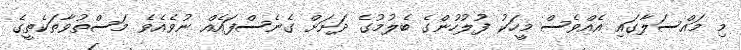
މި މައްސަލާގައި އެއްވެސް މީހަކު ފުލުހުންގެ ބެލުމުގެ ދަށަށް ގެނެސްފައެއް ނުވެއެވެ މަސްތުވާތަކެތީގެ